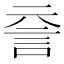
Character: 𧥽